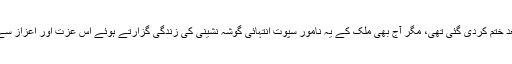
اگرچہ عدالت اور عوامی رد عمل پر ان کی نظربندی کچھ عرصے بعد ختم کردی گئی تھی، مگر آج بھی ملک کے یہ نامور سپوت انتہائی گوشہ نشینی کی زندگی گزارتے ہوئے اُس عزت اور اعزاز سے محروم ہیں جو ’محسنِ پاکستان‘ کی حیثیت سے ان کا اولین حق ہے۔